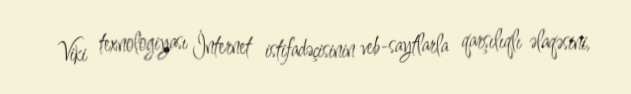
Viki texnologiyası İnternet istifadəçisinin veb-saytlarla qarşılıqlı əlaqəsini,